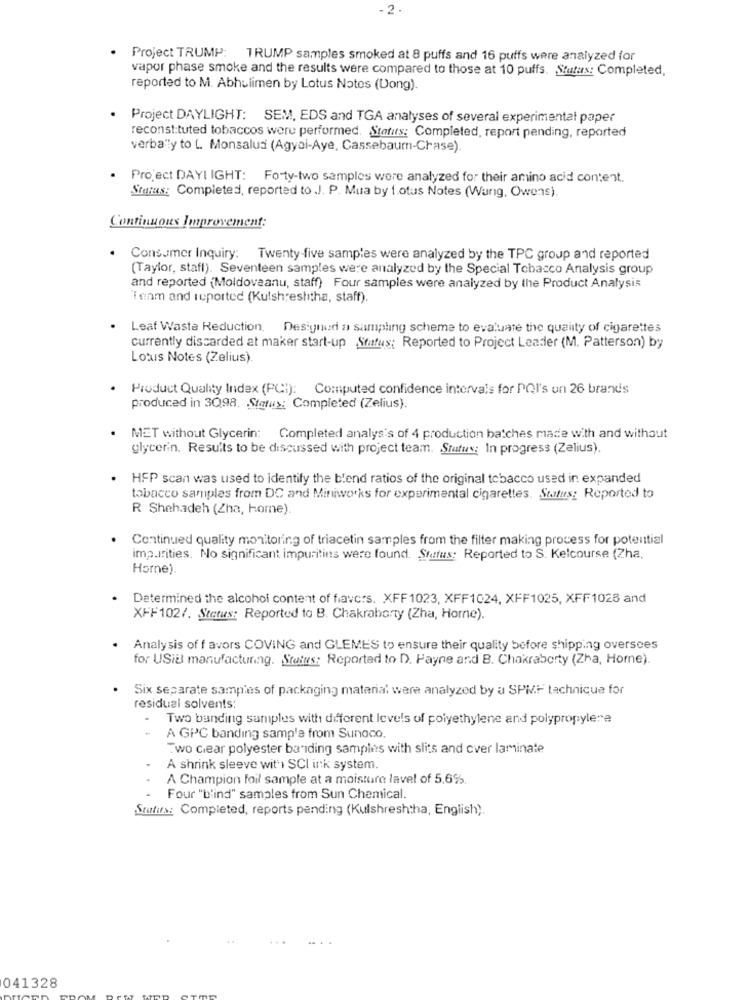
- 2 .
Project TRUMP: TRUMP samples smoked at 8 puffs and 16 puffs were analyzed for
vapor phase smoke and the results were compared to those at 10 puffs. Status: Completed,
reported to M. Abhulimen by Lotus Notes (Dong).
. Project DAYLIGHT: SEM, EDS and TGA analyses of several experimental paper
reconstituted tobaccos were performed. Statuts: Completed, report pending, reported
verba"ly to L. Monsalud (Agyci-Aye, Cassebaum-Chase).
. Project DAYI IGHT: Forty-two samples were analyzed for their amino acid content.
Status: Completed, reported to .J. P. Mua by 1.otus Notes (Wang, Owens).
Continuous Improvement:
Consumer Inquiry: Twenty-five samples were analyzed by the TPC group and reported
(Taylor, staff). Seventeen samples were analyzed by the Special Tobacco Analysis group
and reported (Moldovaanu, staff) Four samples were analyzed by the Product Analysis
"Team and reported (Kulshreshitha, staff).
Leaf Waste Reduction, Designed a sampling scheme to evaluate the quality of cigarettes
currently discarded at maker start-up Status: Reported to Project Leader (M. Patterson) by
Lotus Notes (Zelius).
Product Quality Index (PCI): Computed confidence intervals for PQI's un 26 brands
produced in 3098. Status: Completed (Zelius).
MET without Glycerin: Completed analys's of 4 production batches made with and without
glycerin. Results to be discussed with project team. Status: In progress (Zelius).
HFP scan was used to identify the blend ratios of the original tobacco used in expanded
tobacco samples from DC and Miniworks for experimental cigarettes. Saitus: Reported to
R Shehadeh (Zha, home)
Continued quality monitoring of triacetin samples from the filter making process for potential
impurities. No significant impurities were found. Status: Reported to S. Kelcourse (Zha,
Horne).
Determined the alcohol content of fiavers. XFF1023, XFF1024, XFF1025, XFF1028 and
XFF1027. Stetus: Reported to B. Chakrabarty (Zha, Horne).
Analysis of favors COVING and GLEMES to ensure their quality before shipping oversees
for USIE manufacturing. Status: Reported to D. Payne and B. Chakraborty (Zha, Horne).
Six separate samples of packaging material were analyzed by a SPMF tachnique for
residual solvents:
Two banding samples with different levels of polyethylene and polypropylene
A GPC banding sample from Sunoco.
Two clear polyester bariding samples with slits and cver laminate
A shrink sleeve wit'ı SCI ink system.
A Champion foil sample at a moisture lavel of 5.6%.
Four "blind" samples from Sun Chemical.
Status: Completed, reports pending (Kulshreshha, English).
041328